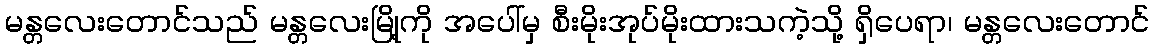
မန္တလေးတောင်သည် မန္တလေးမြို့ကို အပေါ်မှ စီးမိုးအုပ်မိုးထားသကဲ့သို့ ရှိပေရာ၊ မန္တလေးတောင်